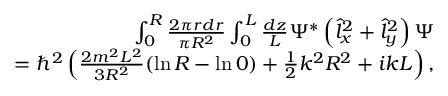
\begin{array} { r l r } & { } & { \int _ { 0 } ^ { R } \frac { 2 \pi r d r } { \pi R ^ { 2 } } \int _ { 0 } ^ { L } \frac { d z } { L } \Psi ^ { * } \left( \hat { l } _ { x } ^ { 2 } + \hat { l } _ { y } ^ { 2 } \right) \Psi } \\ & { } & { = \hbar ^ { 2 } \left( \frac { 2 m ^ { 2 } L ^ { 2 } } { 3 R ^ { 2 } } ( \ln R - \ln 0 ) + \frac { 1 } { 2 } k ^ { 2 } R ^ { 2 } + i k L \right) , } \end{array}